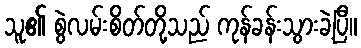
သူ၏ စွဲလမ်းစိတ်တို့သည် ကုန်ခန်းသွားခဲ့ပြီ။